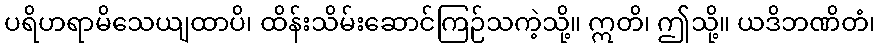
ပရိဟရာမိသေယျထာပိ၊ ထိန်းသိမ်းဆောင်ကြဉ်သကဲ့သို့။ ဣတိ၊ ဤသို့။ ယဒိဘဏိတံ၊